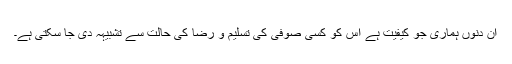
ان دنوں ہماری جو کیفیت ہے اس کو کسی صوفی کی تسلیم و رضا کی حالت سے تشبیہہ دی جا سکتی ہے۔